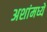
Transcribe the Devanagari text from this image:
अशांमध्ये